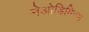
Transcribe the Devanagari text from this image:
नेओडिमिनम